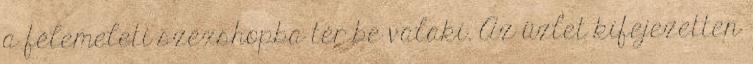
a félemeleti szexshopba tér be valaki. Az üzlet kifejezetten